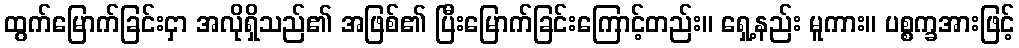
ထွက်မြောက်ခြင်းငှာ အလိုရှိသည်၏ အဖြစ်၏ ပြီးမြောက်ခြင်းကြောင့်တည်း။ ရှေ့နည်း မူကား။ ပစ္စက္ခအားဖြင့်